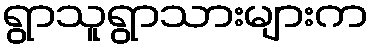
ရွာသူရွာသားများက